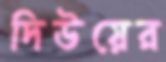
দিউয়ের